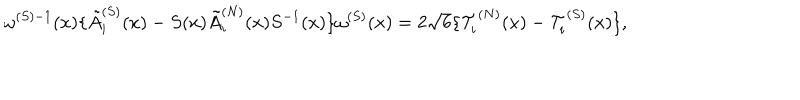
LaTeX: \omega ^ { ( S ) - 1 } ( x ) \{ \tilde { A } _ { i } ^ { ( S ) } ( x ) - S ( x ) \tilde { A } _ { i } ^ { ( N ) } ( x ) S ^ { - 1 } ( x ) \} \omega ^ { ( S ) } ( x ) = 2 \sqrt { 6 } \{ { \cal T } _ { i } ^ { ( N ) } ( x ) - { \cal T } _ { i } ^ { ( S ) } ( x ) \} ,